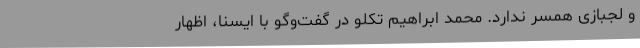
و لجبازی همسر ندارد. محمد ابراهیم تکلو در گفت‌وگو با ایسنا، اظهار